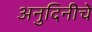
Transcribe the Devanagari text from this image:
अनुदिनीचे